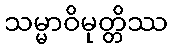
သမ္မာဝိမုတ္တိဿ